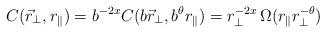
LaTeX: \begin{align*}C( \vec{r}_{\perp}, r_{\|} ) = b^{-2x} C( b \vec{r}_{\perp}, b^{\theta} r_{\|})= r_{\perp}^{-2x}\, \Omega( r_{\|} r_{\perp}^{-\theta})\end{align*}